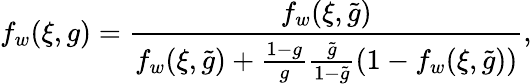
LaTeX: f_{w}(\xi,g)=\frac{f_{w}(\xi,\tilde{g})}{f_{w}(\xi,\tilde{g})+\frac{1-g}{g}\frac{\tilde{g}}{1-\tilde{g}}(1-f_{w}(\xi,\tilde{g}))},